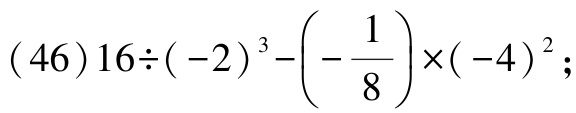
\((46)16\div(-2)^{3}-\left(-\dfrac{1}{8}\right)\times(-4)^{2};\)